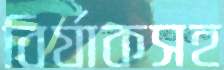
বির্যাকসহ